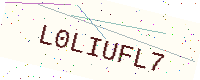
Text: L0LIUFL7